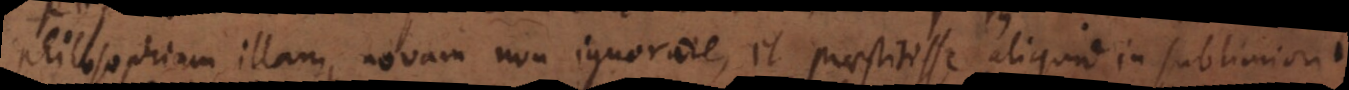
philosophiam illam novam non ignorare, et praestitisse aliquid in sublimior